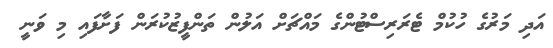
އަދި މަރުގެ ހުކުމް ޓެރަރިސްޓުންގެ މައްޗަށް އަލުން ތަންފީޒުކުރަން ފަށާފައި މި ވަނީ